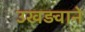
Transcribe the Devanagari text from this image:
उखड़वाने